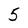
Character: 5